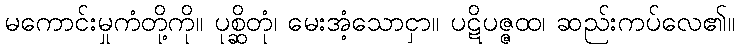
မကောင်းမှုကံတို့ကို။ ပုစ္ဆိတုံ၊ မေးအံ့သောငှာ။ ပဋိပဇ္ဇထ၊ ဆည်းကပ်လေ၏။